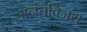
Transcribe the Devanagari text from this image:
अनंतविजय